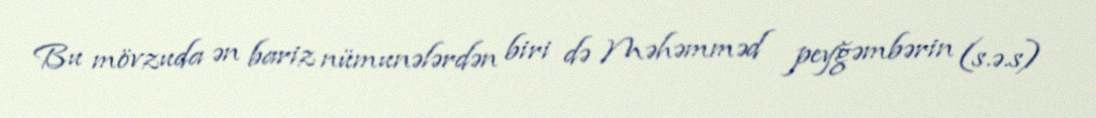
Bu mövzuda ən bariz nümunələrdən biri də Məhəmməd peyğəmbərin (s.ə.s)